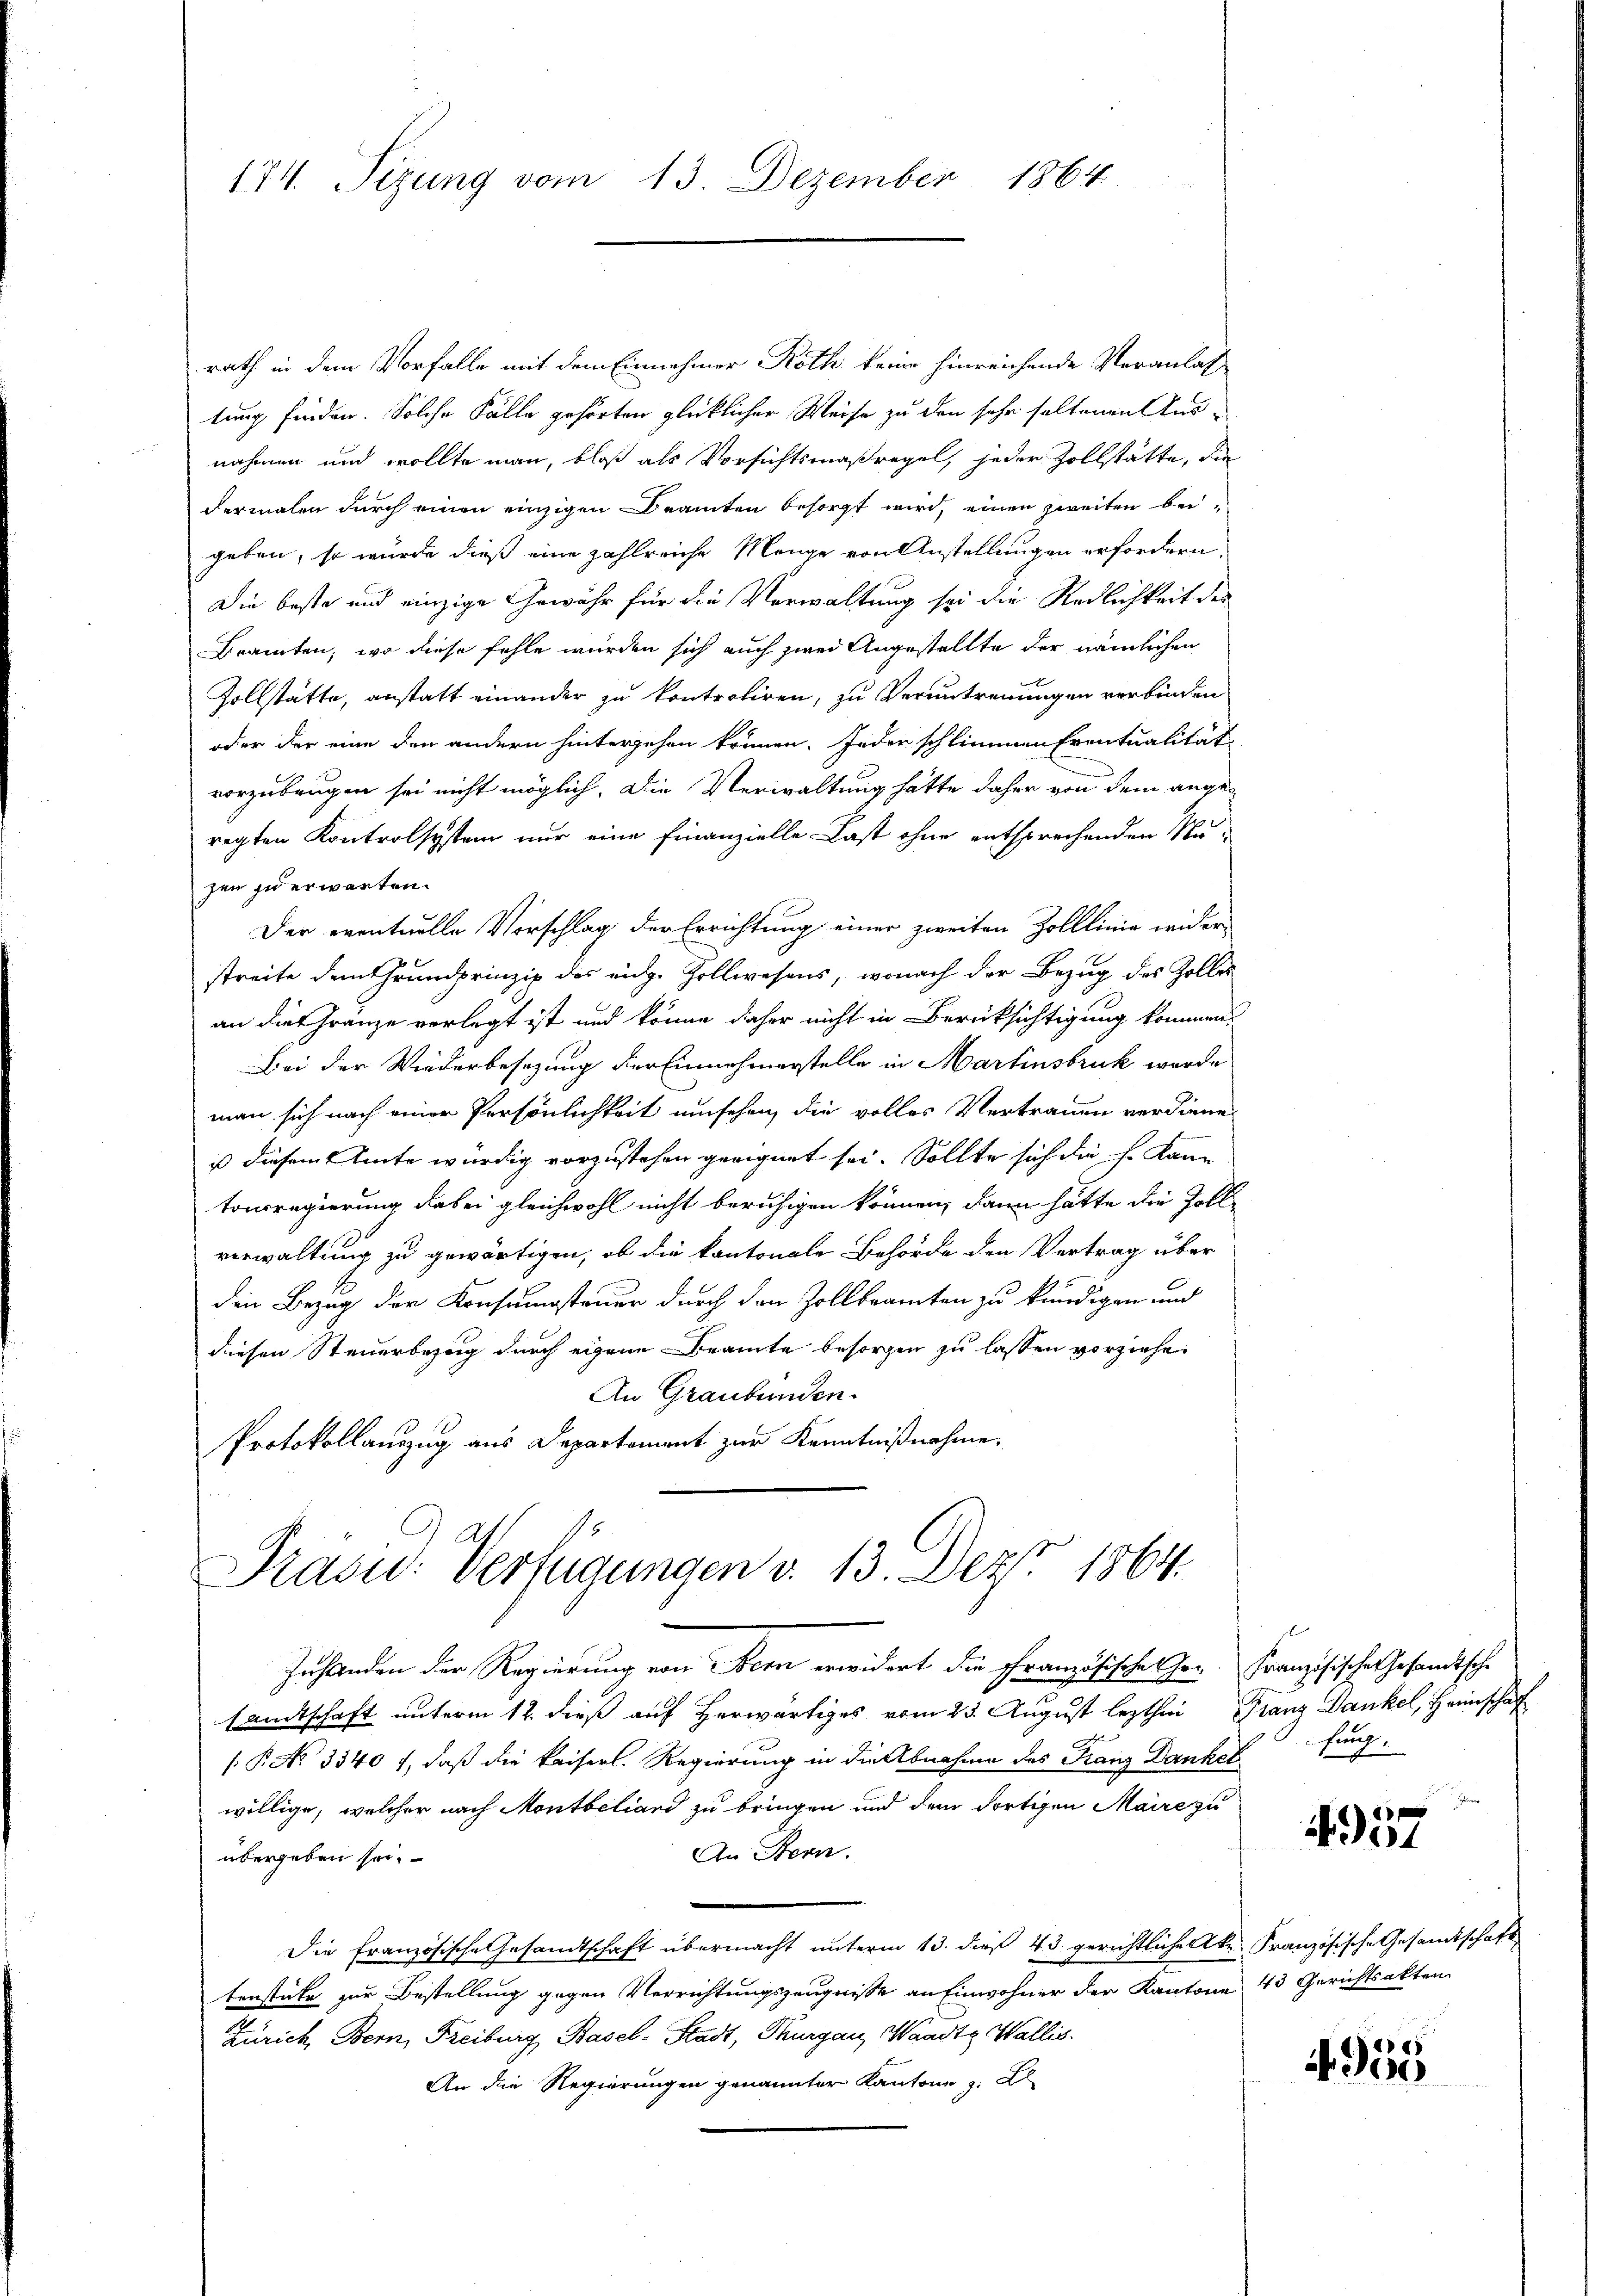
174. Sizung vom 13. Dezember 1864

rath in dem Vorfalle mit dem Einnahmer Roth keine hinreichende Veranlaß
tung finden. Solche Fälle gehörten glücklicher Weise zu den sehr haltenen Ausnahmen und wollte man, bloß als Vorsichtsmaßregel, jeder Zollstätte, die
dermalen durch einen einzigen Beamten besorgt wird, einen zweiten beigeben, so würde dieß eine zahlreiche Mange von Anstellungen erfordern,
Die beste und einzige Gewähr für die Verwaltung sei die Redlichkeit des
Bramten, wo diese fehle wurden sich auch zwei Angestellte der nämlichen
Zollstätte, anstatt einander zu kontroliren, zu Veruntreuungen verbinden
oder der eine den andern hintergehen können. Jeder schlimmen Eventualität
vorzubeugen sei nicht möglich. Die Verwaltung hätte daher von dem angeregten Kontrolsystem nur eine Finanzielle Last ohne entsprechenden Na-
zen zu erwarten.
Der eventuelle Vorschlag der Errichtung einer zweiten Zolllinie wider
streite dem Grundprinzip des eidg. Zollwesens, wonach der Bezug des Zolle
an die Gränze vorlegt ist und könne daher nicht in Berücksichtigung kommen,
Bei der Wiederbesezung der Einnahmerstelle in Martinsbruk werde
man sich nach einer Persönlichkeit umsehen, die volles Vertrauen verdiene.
s diesem Amte würdig vorzustehen geeignet sei. Sollte sich die h. Kann
tonsregierung dabei gleichwohl nicht beruhigen können, dann hätte die Zoll
verwaltung zu gewärtigen, ob die kantonale Behörde den Vertrag über
den Bezug der Konsumsteuer durch den Zollbeamten zu kündigen und
diesen Steuerbezug durch eigene Beamte besorgen zu lassen vorziehe.
An Graubünden.
Protokollanzzug aus Departement zur Kenntnißnahme,
Präsid.: Verfügungen v. 13. Dez. 1864.
Zuhanden der Regierung von Bern erwidert die Französische Hor Französischen Gesandtsche
samtschaft unterm 12. dieß auf herwärtiges vom 23. August lezthin Franz Dankel, Heimschaf
e
 P. No. 3540 f, daß die kaiserl. Regierung in die Abnahme des Franz Dankoffung
willige, welcher nach Montbeliard zu bringen und dem dortigen Maire zu
An Bern.
übergeben sei.
Die französische Gesandtschaft übermacht unterm 13. dieß 43 gerichtliche Eke Französische Gesandtschaft
tenstücke zur Bestellung gegen Verrichtungszeugnisse an Einwohner der Kantone 43 Gerichtsakten
Zürich, Bern, Freiburg Basel-Stadt, Thurgau, Waadt Wallis.
An die Regierungen genannter Kantone

4957

4955